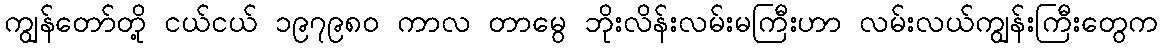
ကျွန်တော်တို့ ငယ်ငယ် ၁၉၇၉၈၀ ကာလ တာမွေ ဘိုးလိန်းလမ်းမကြီးဟာ လမ်းလယ်ကျွန်းကြီးတွေက